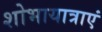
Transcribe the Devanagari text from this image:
शोभायात्राएं